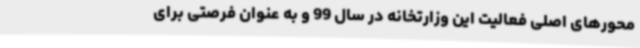
محورهای اصلی فعالیت این وزارتخانه در سال 99 و به عنوان فرصتی برای